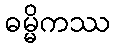
ဓမ္မိကဿ